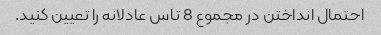
احتمال انداختن در مجموع 8 تاس عادلانه را تعیین کنید.